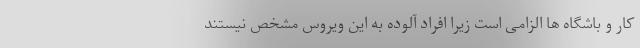
کار و باشگاه ها الزامی است زیرا افراد آلوده به این ویروس مشخص نیستند